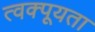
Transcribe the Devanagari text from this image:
त्वक्पूयता